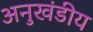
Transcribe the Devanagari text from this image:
अनुखंडीय